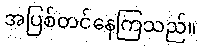
အပြစ်တင်နေကြသည်။